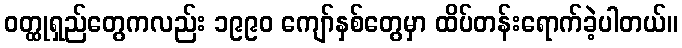
ဝတ္ထုရှည်တွေကလည်း ၁၉၉၀ ကျော်နှစ်တွေမှာ ထိပ်တန်းရောက်ခဲ့ပါတယ်။